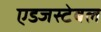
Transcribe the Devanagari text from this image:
एडजस्टेबल